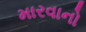
મારવાનો